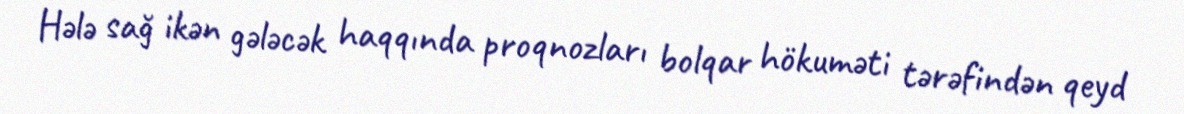
Hələ sağ ikən gələcək haqqında proqnozları bolqar hökuməti tərəfindən qeyd